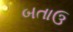
બતાઉ